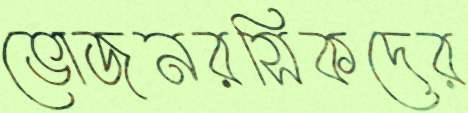
ভোজনরসিকদের